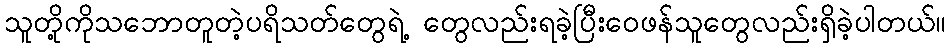
သူတို့ကိုသဘောတူတဲ့ပရိသတ်တွေရဲ့ တွေလည်းရခဲ့ပြီးဝေဖန်သူတွေလည်းရှိခဲ့ပါတယ်။